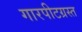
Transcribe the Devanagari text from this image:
गारपीटग्रस्त